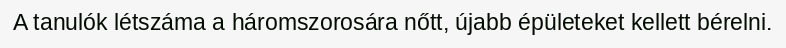
A tanulók létszáma a háromszorosára nőtt, újabb épületeket kellett bérelni.